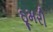
ઠૂમરી